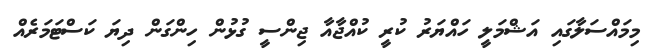
މިމައްސަލާގައި އަޝްމަލީ ހައްޔަރު ކުރީ ކުއްޖާއާ ޖިންސީ ގުޅުން ހިންގަން ދިޔަ ކަސްޓަަމަރެއް